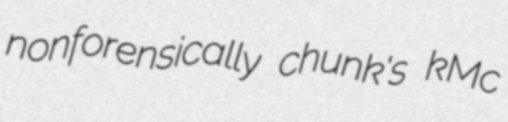
nonforensically chunk's kMc